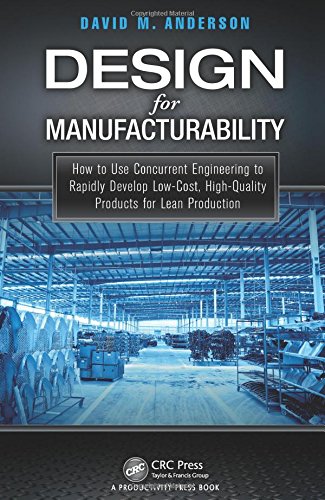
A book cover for Design for Manufacturability: How to Use Concurrent Engineering to Rapidly Develop Low-Cost, High-Quality Products for Lean Production; David M. Anderson; Business & Money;